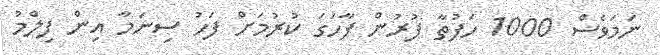
ނަމަވެސް 1000 ހަފުތާ ފުރުން ފާހަގަ ކުރުމަށް ފަހު ސިނަމާ އިން ފިލްމު